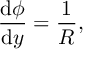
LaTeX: \frac { \mathrm { d } \phi } { \mathrm { d } y } = { \frac { 1 } { R } } ,